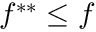
f ^ { * * } \leq f